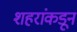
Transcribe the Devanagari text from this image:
शहरांकडून